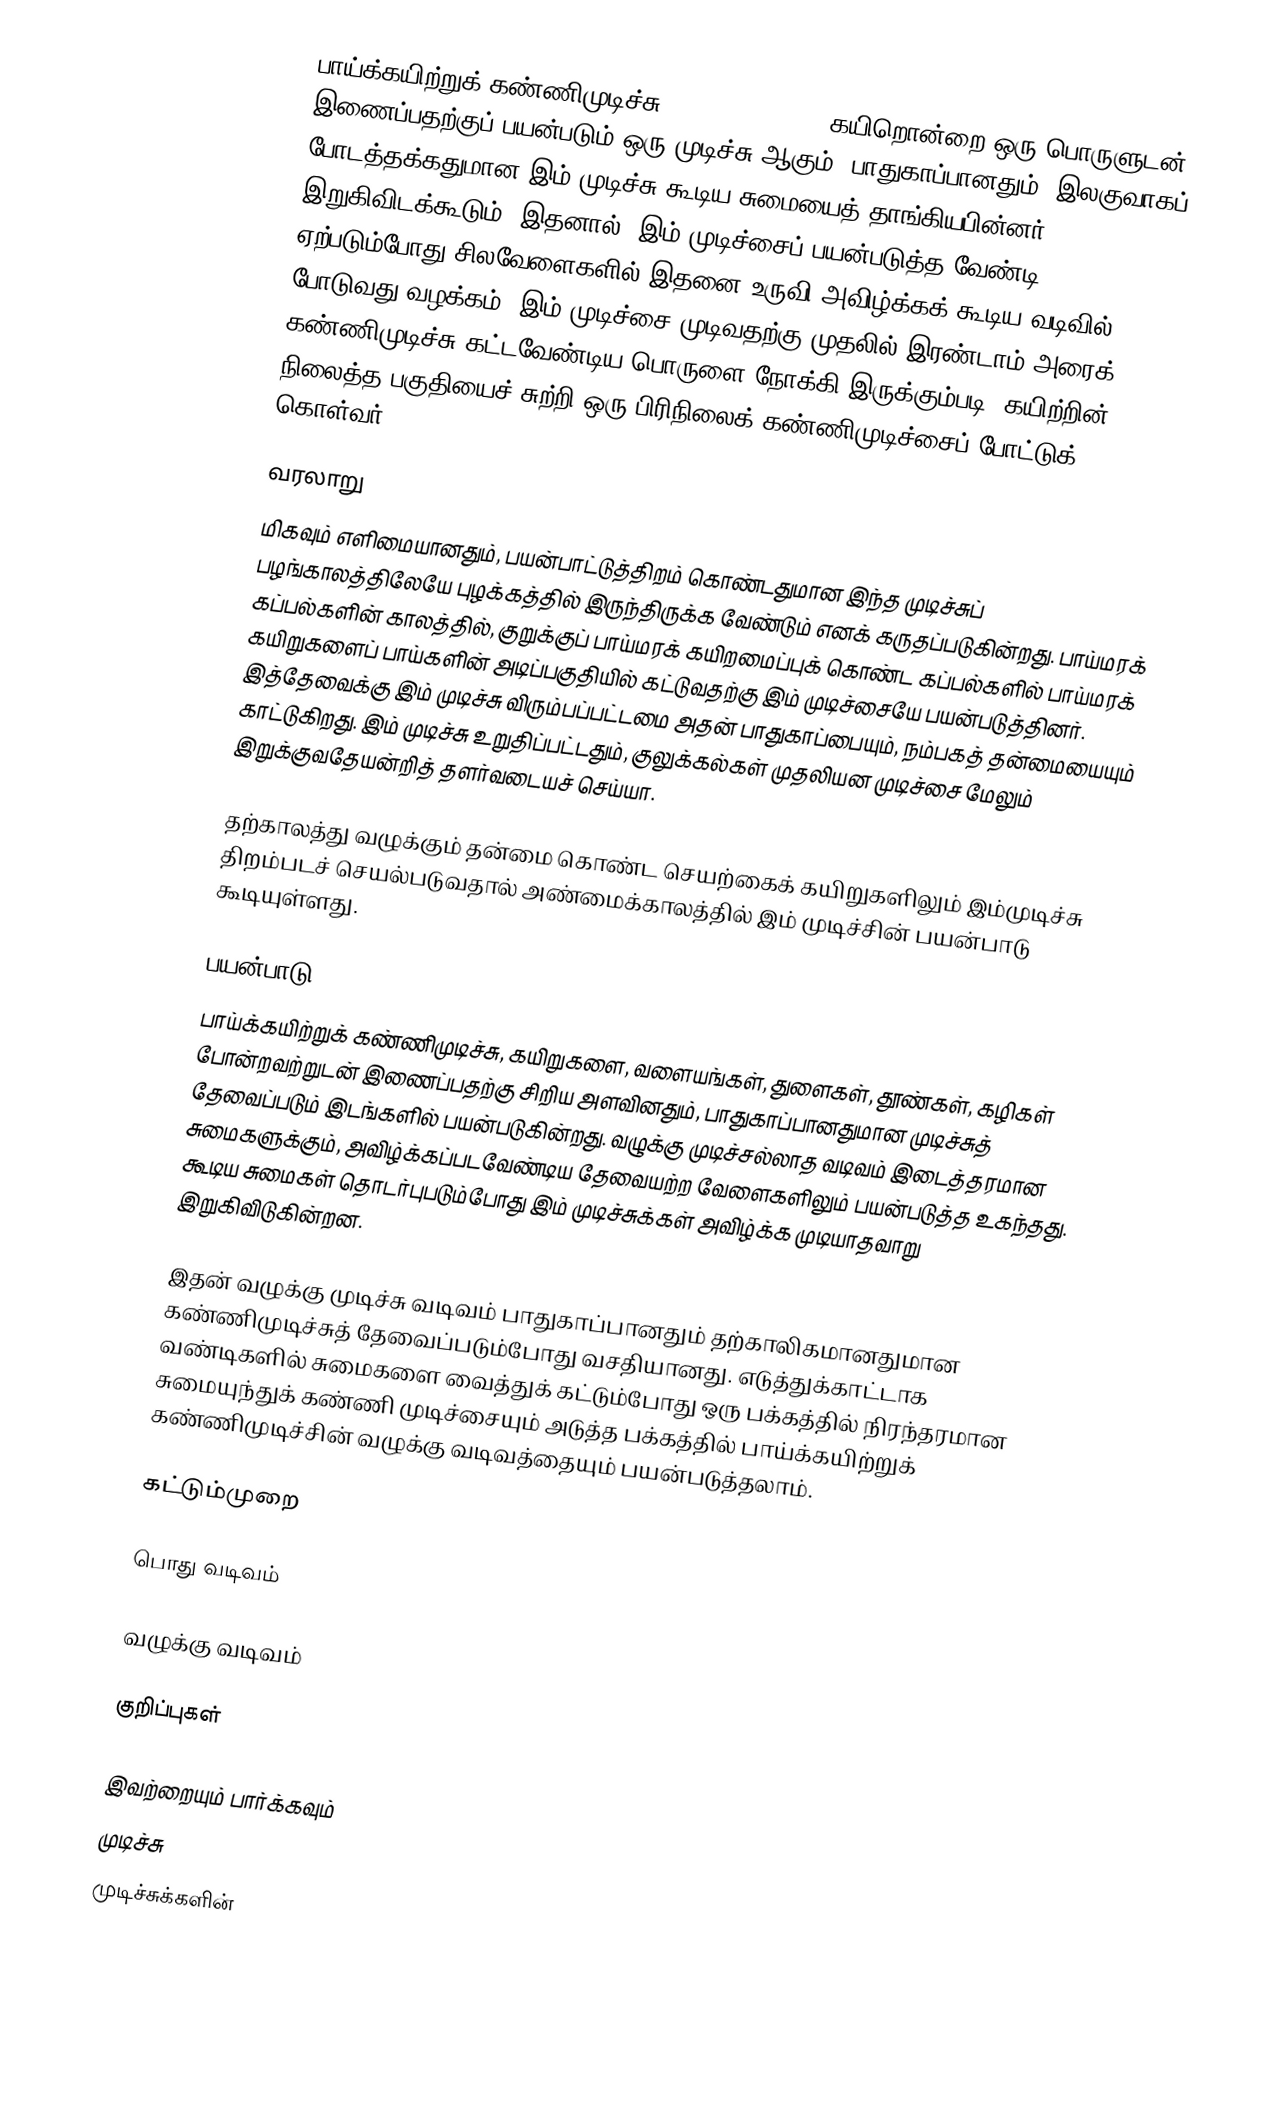
பாய்க்கயிற்றுக் கண்ணிமுடிச்சு (Buntline hitch) கயிறொன்றை ஒரு பொருளுடன் இணைப்பதற்குப் பயன்படும் ஒரு முடிச்சு ஆகும். பாதுகாப்பானதும், இலகுவாகப் போடத்தக்கதுமான இம் முடிச்சு கூடிய சுமையைத் தாங்கியபின்னர் இறுகிவிடக்கூடும். இதனால், இம் முடிச்சைப் பயன்படுத்த வேண்டி ஏற்படும்போது சிலவேளைகளில் இதனை உருவி அவிழ்க்கக் கூடிய வடிவில் போடுவது வழக்கம். இம் முடிச்சை முடிவதற்கு முதலில் இரண்டாம் அரைக் கண்ணிமுடிச்சு கட்டவேண்டிய பொருளை நோக்கி இருக்கும்படி, கயிற்றின் நிலைத்த பகுதியைச் சுற்றி ஒரு பிரிநிலைக் கண்ணிமுடிச்சைப் போட்டுக் கொள்வர்.

வரலாறு
மிகவும் எளிமையானதும், பயன்பாட்டுத்திறம் கொண்டதுமான இந்த முடிச்சுப் பழங்காலத்திலேயே புழக்கத்தில் இருந்திருக்க வேண்டும் எனக் கருதப்படுகின்றது. பாய்மரக் கப்பல்களின் காலத்தில், குறுக்குப் பாய்மரக் கயிறமைப்புக் கொண்ட கப்பல்களில் பாய்மரக் கயிறுகளைப் பாய்களின் அடிப்பகுதியில் கட்டுவதற்கு இம் முடிச்சையே பயன்படுத்தினர். இத்தேவைக்கு இம் முடிச்சு விரும்பப்பட்டமை அதன் பாதுகாப்பையும், நம்பகத் தன்மையையும் காட்டுகிறது. இம் முடிச்சு உறுதிப்பட்டதும், குலுக்கல்கள் முதலியன முடிச்சை மேலும் இறுக்குவதேயன்றித் தளர்வடையச் செய்யா.

தற்காலத்து வழுக்கும் தன்மை கொண்ட செயற்கைக் கயிறுகளிலும் இம்முடிச்சு திறம்படச் செயல்படுவதால் அண்மைக்காலத்தில் இம் முடிச்சின் பயன்பாடு கூடியுள்ளது.

பயன்பாடு
பாய்க்கயிற்றுக் கண்ணிமுடிச்சு, கயிறுகளை, வளையங்கள், துளைகள், தூண்கள், கழிகள் போன்றவற்றுடன் இணைப்பதற்கு சிறிய அளவினதும், பாதுகாப்பானதுமான முடிச்சுத் தேவைப்படும் இடங்களில் பயன்படுகின்றது. வழுக்கு முடிச்சல்லாத வடிவம் இடைத்தரமான சுமைகளுக்கும், அவிழ்க்கப்படவேண்டிய தேவையற்ற வேளைகளிலும் பயன்படுத்த உகந்தது. கூடிய சுமைகள் தொடர்புபடும்போது இம் முடிச்சுக்கள் அவிழ்க்க முடியாதவாறு இறுகிவிடுகின்றன.

இதன் வழுக்கு முடிச்சு வடிவம் பாதுகாப்பானதும் தற்காலிகமானதுமான கண்ணிமுடிச்சுத் தேவைப்படும்போது வசதியானது. எடுத்துக்காட்டாக வண்டிகளில் சுமைகளை வைத்துக் கட்டும்போது ஒரு பக்கத்தில் நிரந்தரமான சுமையுந்துக் கண்ணி முடிச்சையும் அடுத்த பக்கத்தில் பாய்க்கயிற்றுக் கண்ணிமுடிச்சின் வழுக்கு வடிவத்தையும் பயன்படுத்தலாம்.

கட்டும்முறை

பொது வடிவம்

வழுக்கு வடிவம்

குறிப்புகள்

இவற்றையும் பார்க்கவும்
 முடிச்சு
 முடிச்சுக்களின்